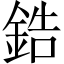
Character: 鋯